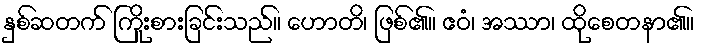
နှစ်ဆတက် ကြိုးစားခြင်းသည်။ ဟောတိ၊ ဖြစ်၏။ ဧဝံ၊ အဿာ၊ ထိုစေတနာ၏။